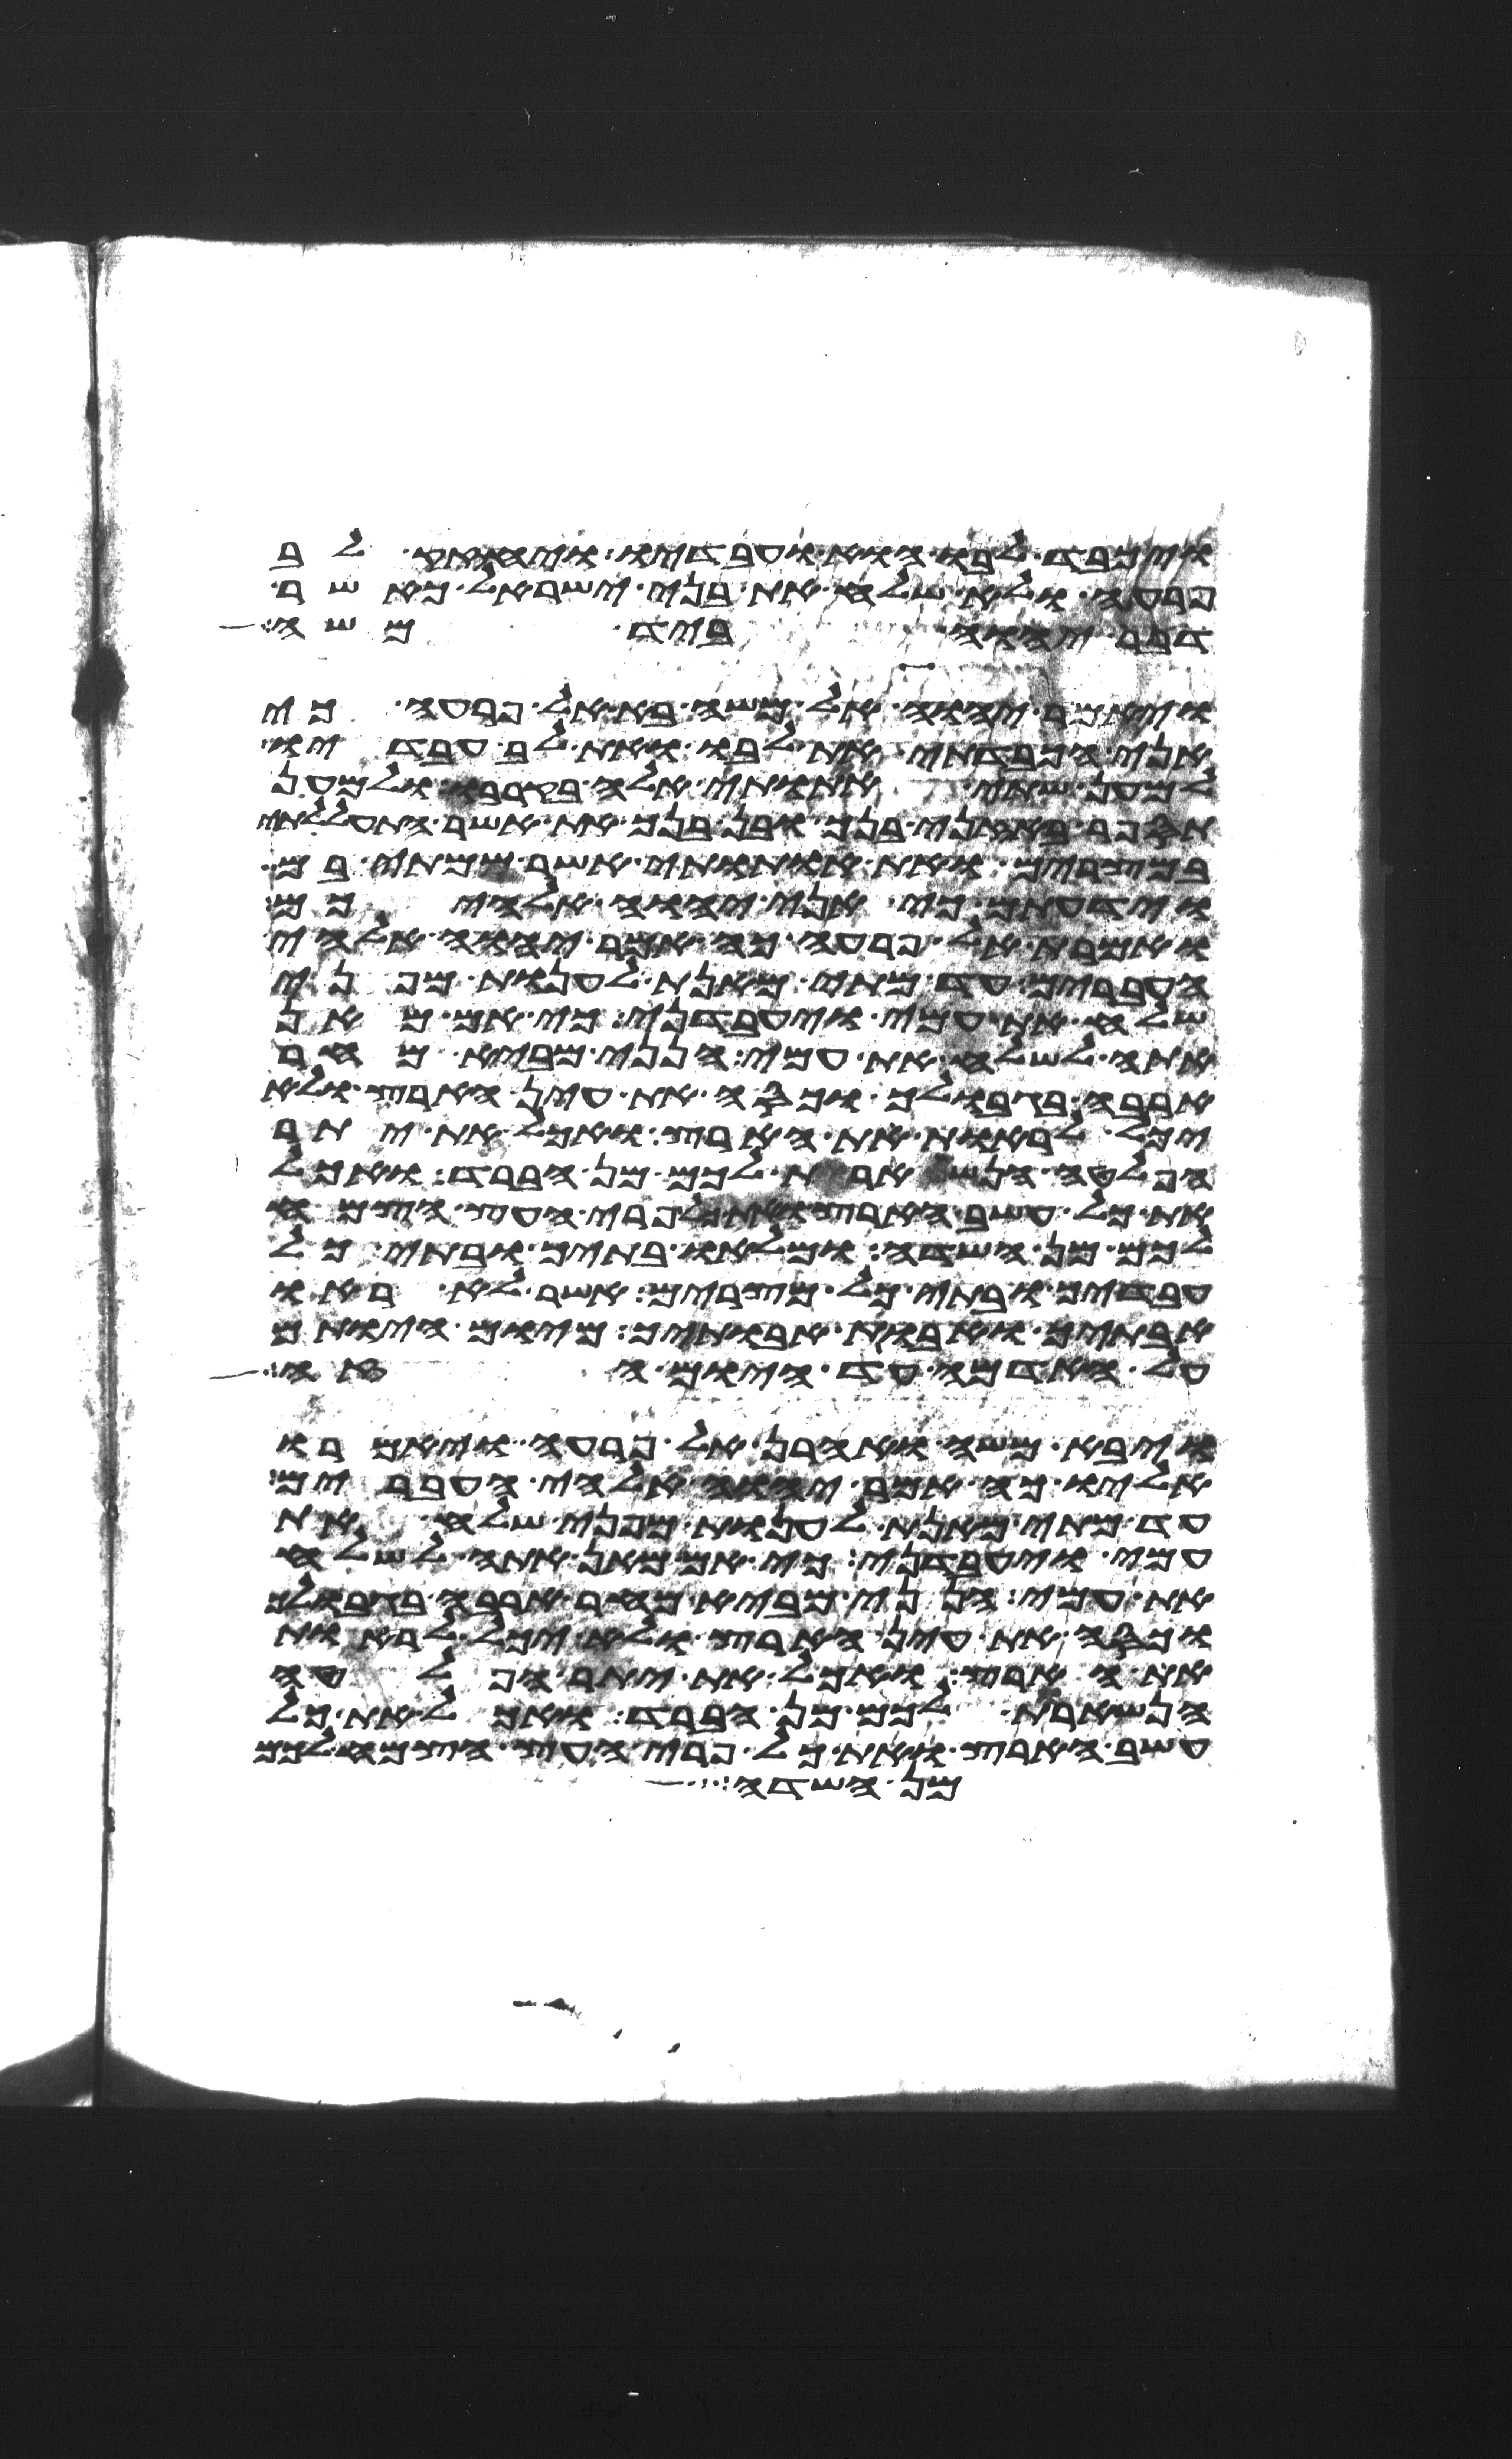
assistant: ויכבד לבו הוא ועבדיו ויחזק לב
פרעה ולא שלח את בני ישראל כאשר
דבר יהוה ביד משה
ויאמר יהוה אל משה בא אל פרעה כי
אני הכבדתי את לבו ואת לב עבדיו
למען שתי אתותי אלה בקרבו ולמען
תספר באזני בנך ובן בנך את אשר התעללתי
במצרים ואת אתותי אשר שמתי בם
וידעתם כי אני יהוה אלהיכם
ואמרת אל פרעה כה אמר יהוה אלהי
העברים עד מתי מאנת לענות מפני
שלח את עמי ויעבדני כי אם מאן
אתה לשלח את עמי הנני מביא מחר
ארבה בגבולך וכסה את עין הארץ ולא
יכל לראות את הארץ ואכל את יתר
הפלטה הנשארת לכם מן הברד ואכל
את כל עשב הארץ ואת כל פרי העץ הצמח
לכם מן השדה ומלאו בתיך ובתי כל
עבדיך ובתי כל מצרים אשר לא ראו
אבתיך ואבות אבתיך מיום היותם
על האדמה עד היום הזה
ויבא משה ואהרן אל פרעה ויאמרו
אליו כה אמר יהוה אלהי העברים
עד מתי מאנת לענות מפני שלח את
עמי ויעבדני כי אם מאן אתה לשלח
את עמי הנני מביא מחר ארבה בגבולך
וכסה את עין הארץ ולא יכל לראות
את הארץ ואכל את יתר הפלטה
הנשארת לכם מן הברד ואכל את כל
עשב הארץ ואת כל פרי העץ הצמח לכם
מן השדה